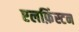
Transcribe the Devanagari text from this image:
एलफ़िंस्टन